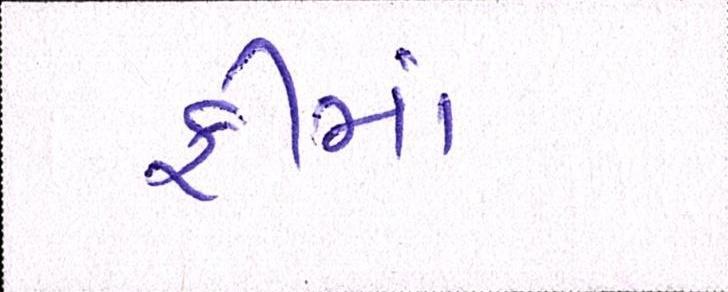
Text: ફીમાં